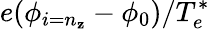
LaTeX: e(\phi_{i=n_{\mathbf{z}}}-\phi_{0})/T_{e}^{*}